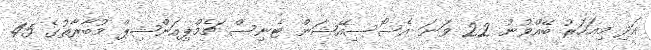
އަދި މިއަހަރު ބޭއްވުނު 22 ވަނަ އެސޯސިއޭޝަން ޓެނިސް ޗެމްޕިއަންޝިޕް މުބާރާތުގެ 45